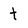
Character: t